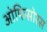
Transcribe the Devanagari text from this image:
ओफिसोरस